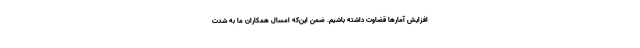
افزایش آمارها قضاوت داشته باشیم. ضمن این‌که امسال همکاران ما به شدت